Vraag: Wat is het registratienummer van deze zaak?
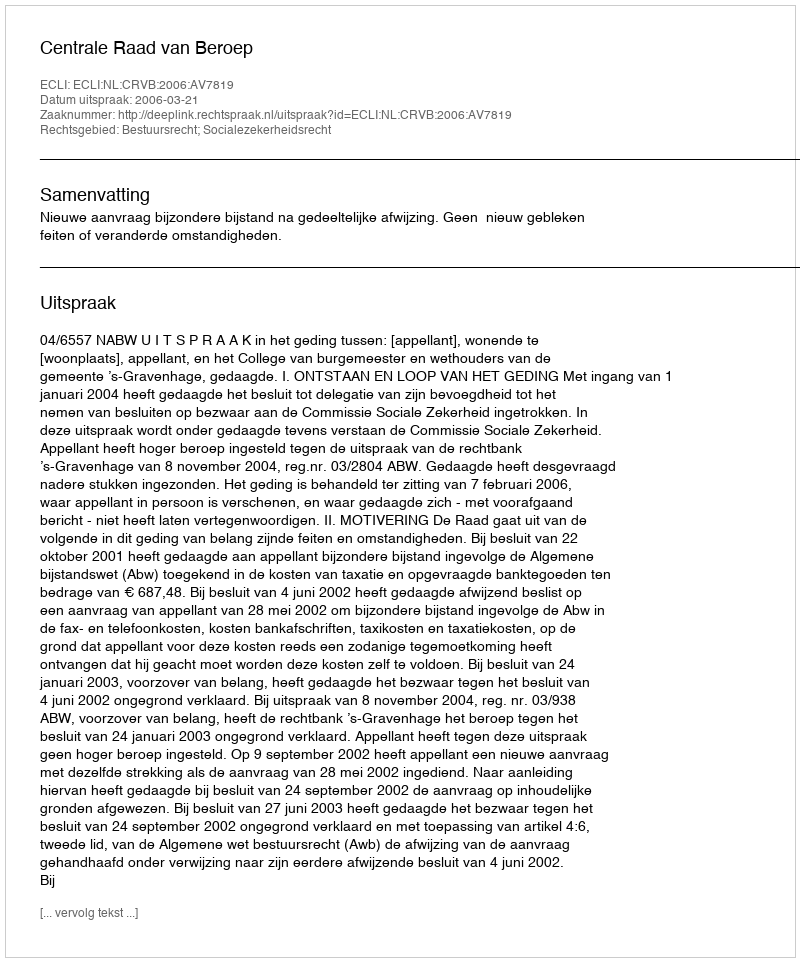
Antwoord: http://deeplink.rechtspraak.nl/uitspraak?id=ECLI:NL:CRVB:2006:AV7819